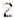
2